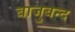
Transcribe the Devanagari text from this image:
बाजुबन्द